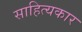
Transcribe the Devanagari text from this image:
साहित्‍यकार